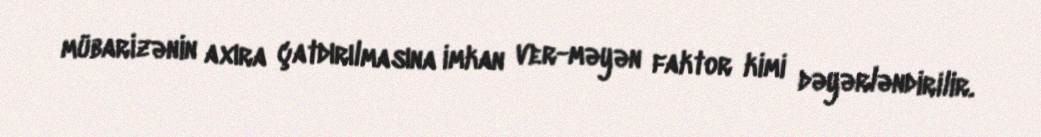
mübarizənin axıra çatdırılmasına imkan ver-məyən faktor kimi dəyərləndirilir.